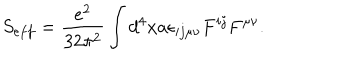
LaTeX: S _ { e f f } = \frac { e ^ { 2 } } { 3 2 \pi ^ { 2 } } \int d ^ { 4 } x a \epsilon _ { i j \mu \nu } F ^ { i j } F ^ { \mu \nu } .